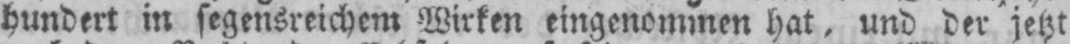
hundert in segensreichem Wirken eingenommen hat, und der jetzt